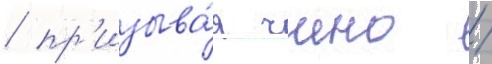
/ пр'изыва́я чино /